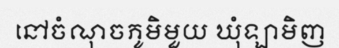
នៅចំណុចភូមិមួយ ឃុំឡាមិញ